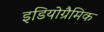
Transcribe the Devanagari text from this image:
इडियोग्रैमिक